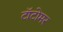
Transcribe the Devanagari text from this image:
टॉटोमर